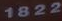
1822